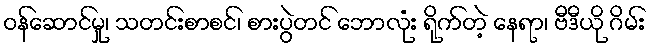
ဝန်ဆောင်မှု၊ သတင်းစာစင်၊ စားပွဲတင် ဘောလုံး ရိုက်တဲ့ နေရာ၊ ဗီဒီယို ဂိမ်း